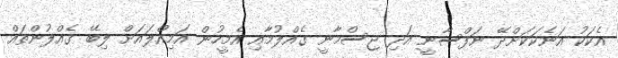
އެކަކު އަނެކަކަށްދޭ ނަފްސާނީ އަދި ޖިސްމާނީ ގެއްލުމާއި އެމީހުން އަމިއްލައަށް ލިބޭ ގެއްލުންތައް